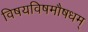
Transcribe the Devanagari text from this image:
विषयविषमौषधम्